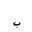
Letter: _ba